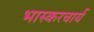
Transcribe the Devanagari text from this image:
भास्करचार्य